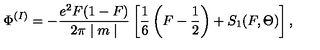
\Phi ^ { ( I ) } = - \frac { e ^ { 2 } F ( 1 - F ) } { 2 \pi \mid m \mid } \left[ \frac { 1 } { 6 } \left( F - \frac { 1 } { 2 } \right) + S _ { 1 } ( F , \Theta ) \right] ,